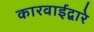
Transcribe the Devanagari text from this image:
कारवाईद्वारे